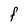
Character: F